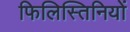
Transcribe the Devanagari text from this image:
फिलिस्तिनियों